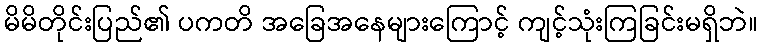
မိမိတိုင်းပြည်၏ ပကတိ အခြေအနေများကြောင့် ကျင့်သုံးကြခြင်းမရှိဘဲ။